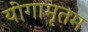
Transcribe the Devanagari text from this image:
योगामृतम